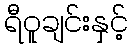
ရီဝူချင်းနှင့်